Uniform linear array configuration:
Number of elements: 16
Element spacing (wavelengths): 1
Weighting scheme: kaiser
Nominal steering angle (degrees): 0
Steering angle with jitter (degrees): -0.1247
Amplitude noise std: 0.05
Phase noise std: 0.05

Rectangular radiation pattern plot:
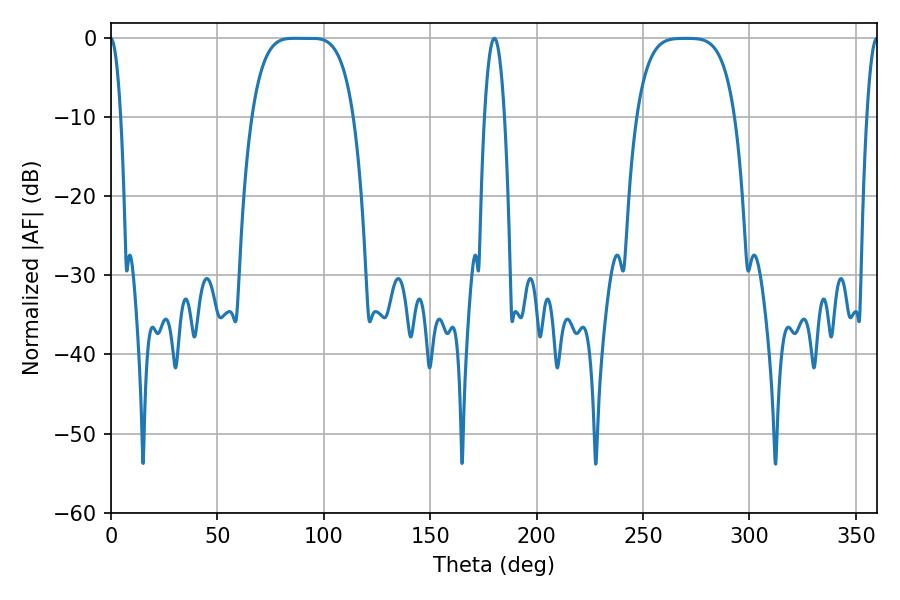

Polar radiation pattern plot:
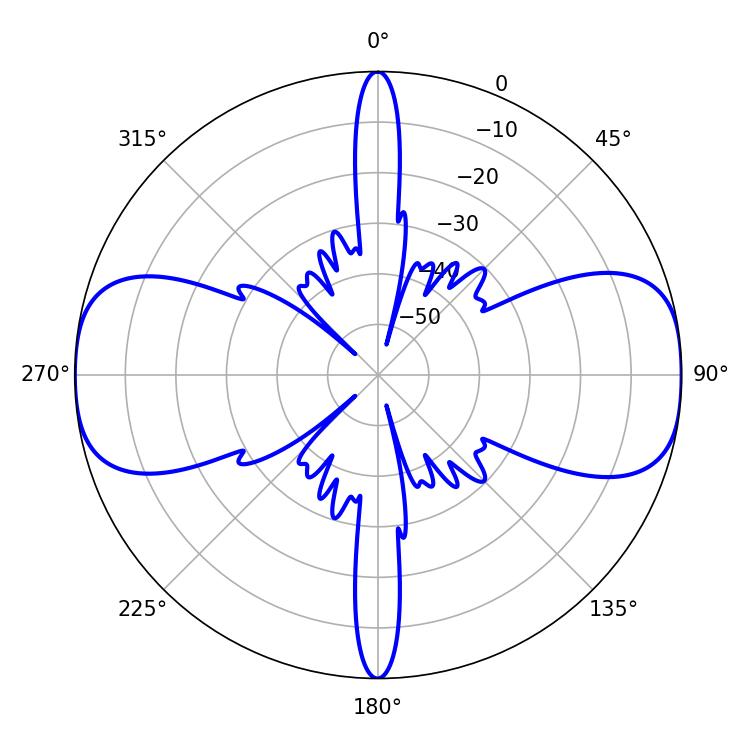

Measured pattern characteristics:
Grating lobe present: TRUE
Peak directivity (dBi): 17.519
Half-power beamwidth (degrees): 36
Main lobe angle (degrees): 86.04